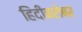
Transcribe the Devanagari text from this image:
हिंदीबरोबर